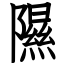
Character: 隰